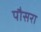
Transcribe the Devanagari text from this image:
पौसरा